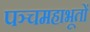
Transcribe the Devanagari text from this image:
पञ्चमहाभूतों